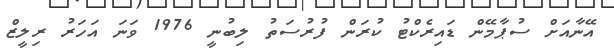
އޭނާއަށް ސުޕާމޭން ޑައިރެކްޓު ކުރަން ފުރުސަތު ލިބުނީ 1976 ވަނަ އަހަރު ރިލީޒް